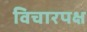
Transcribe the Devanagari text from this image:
विचारपक्ष